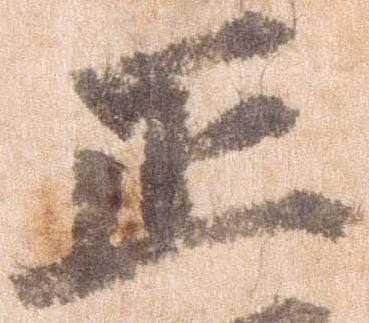
正